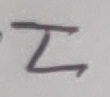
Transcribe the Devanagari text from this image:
र